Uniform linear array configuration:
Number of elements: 24
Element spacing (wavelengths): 1
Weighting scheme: binomial
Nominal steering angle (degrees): -45
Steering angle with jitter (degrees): -43.72
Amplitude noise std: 0.05
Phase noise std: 0.05

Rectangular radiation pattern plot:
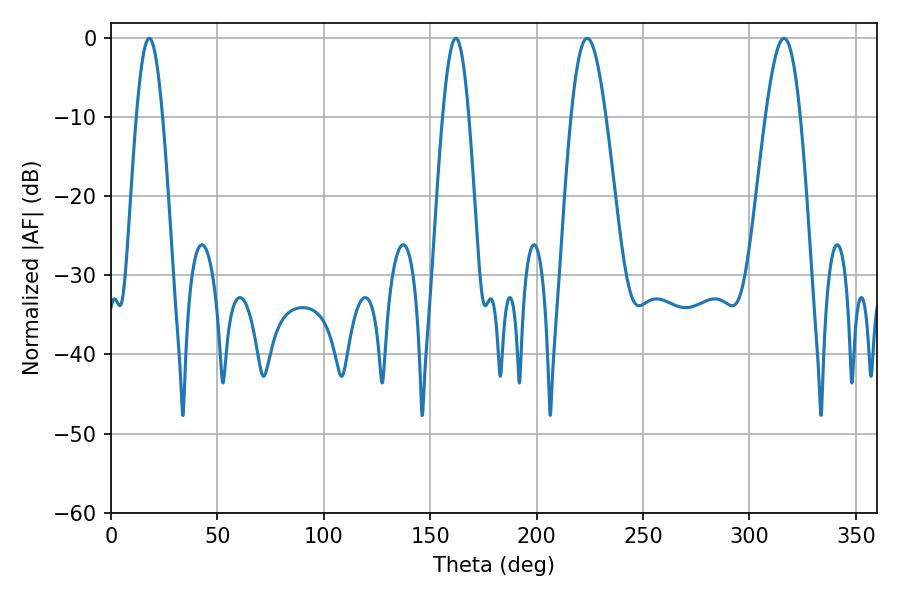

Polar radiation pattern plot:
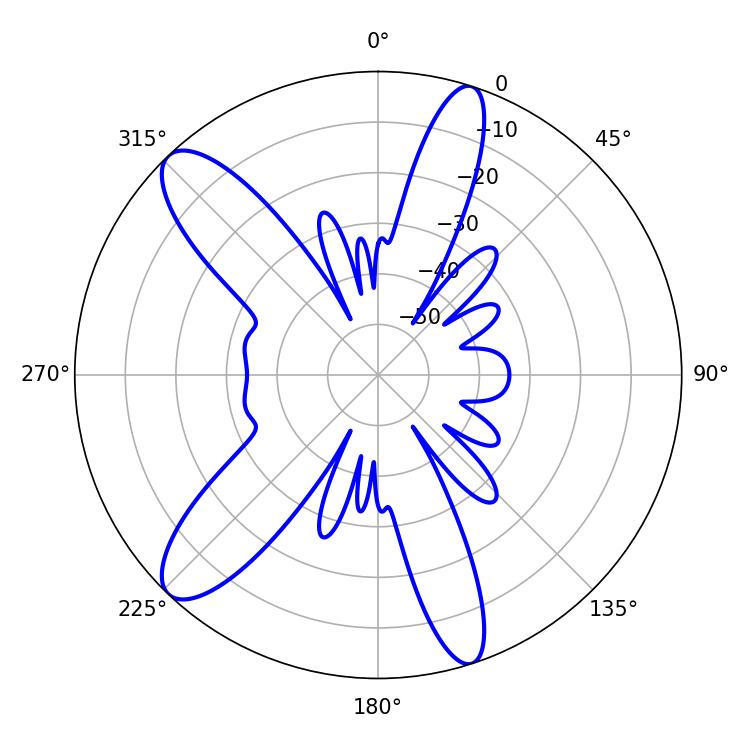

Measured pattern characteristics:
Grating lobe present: TRUE
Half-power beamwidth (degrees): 8.64
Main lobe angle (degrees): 223.74